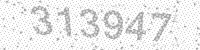
Solution: 313947